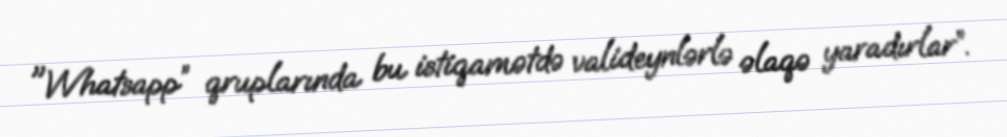
"Whatsapp” qruplarında bu istiqamətdə valideynlərlə əlaqə yaradırlar”.